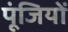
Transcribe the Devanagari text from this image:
पूंजियों